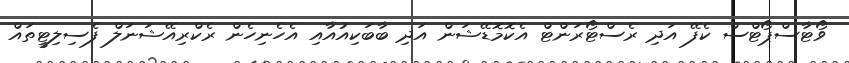
ވޯޓާސްޕޯޓްސް ކެފޭ އަދި ރެސްޓޯރަންޓް އެކޮމޮޑޭޝަން އަދި ބާބަކިއުއާއި އެހެނިހެން ރެކްރިއޭޝަނަލް ފެސިލިޓީތައް